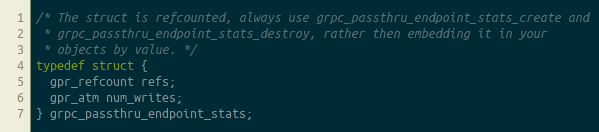
Language: C
/* The struct is refcounted, always use grpc_passthru_endpoint_stats_create and
 * grpc_passthru_endpoint_stats_destroy, rather then embedding it in your
 * objects by value. */
typedef struct {
  gpr_refcount refs;
  gpr_atm num_writes;
} grpc_passthru_endpoint_stats;